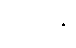
သယန္တိ